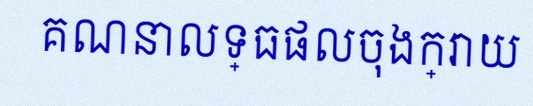
គណនាលទ្ធផលចុងក្រោយ